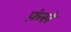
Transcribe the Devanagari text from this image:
फ़ंसे